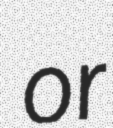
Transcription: or